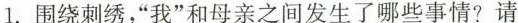
围绕刺绣，“我”和母亲之间发生哪些事情?请